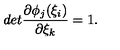
d e t \frac { \partial \phi _ { j } ( \xi _ { i } ) } { \partial \xi _ { k } } = 1 .